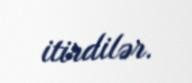
itirdilər.